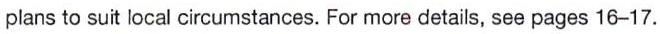
plans to suit local circumstances. For more details, see pages 16-17.